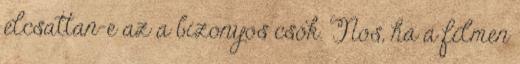
elcsattan-e az a bizonyos csók. Nos, ha a filmen